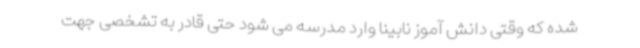
شده که وقتی دانش آموز نابینا وارد مدرسه می شود حتی قادر به تشخصی جهت